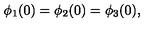
\phi _ { 1 } ( 0 ) = \phi _ { 2 } ( 0 ) = \phi _ { 3 } ( 0 ) ,